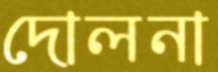
দোলনা